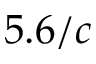
5 . 6 / c